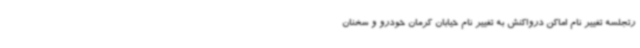
رتجلسه تغییر نام اماکن درواکنش به تغییر نام خیابان کرمان خودرو و سخنان